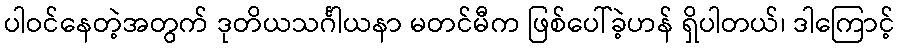
ပါဝင်နေတဲ့အတွက် ဒုတိယသင်္ဂါယနာ မတင်မီက ဖြစ်ပေါ်ခဲ့ဟန် ရှိပါတယ်၊ ဒါကြောင့်